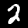
Digit: 2